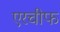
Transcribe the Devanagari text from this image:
एरचीफ